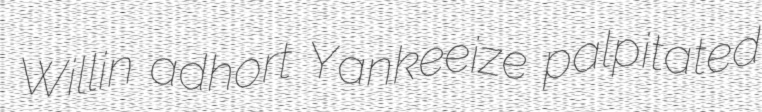
Willin adhort Yankeeize palpitated